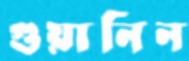
গুয়ানিন